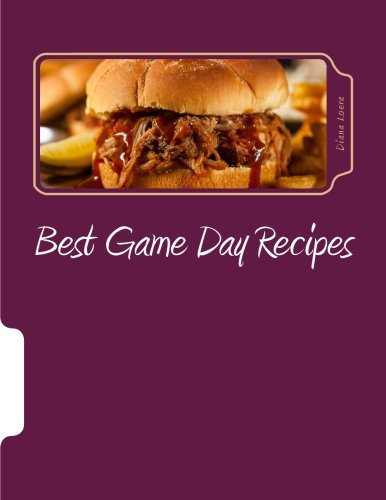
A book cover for Best Game Day Recipes; Diana Loera; Cookbooks, Food & Wine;